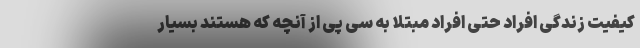
کیفیت زندگی افراد حتی افراد مبتلا به سی پی از آنچه که هستند بسیار